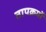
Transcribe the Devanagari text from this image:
तापक्रमों